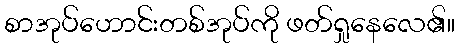
စာအုပ်ဟောင်းတစ်အုပ်ကို ဖတ်ရှုနေလေ၏။